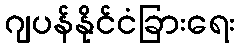
ဂျပန်နိုင်ငံခြားရေး